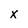
Character: x